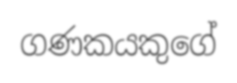
ගණකයකුගේ